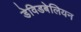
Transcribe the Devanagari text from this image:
डेविडबेलियन